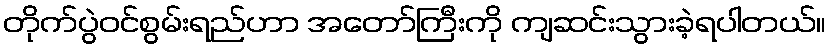
တိုက်ပွဲဝင်စွမ်းရည်ဟာ အတော်ကြီးကို ကျဆင်းသွားခဲ့ရပါတယ်။